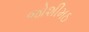
જોશીમઠ